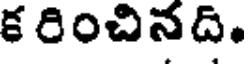
క రించినది.